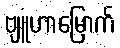
ဗျူဟာမြောက်